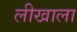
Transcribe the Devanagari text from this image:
लीखाला